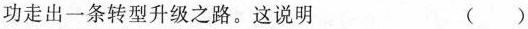
功走出一条转型升级之路。这说明 ()